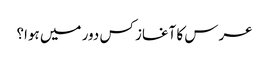
عرس کا آغاز کس دور میں ہوا؟